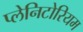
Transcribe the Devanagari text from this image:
प्लेनिटोरियम